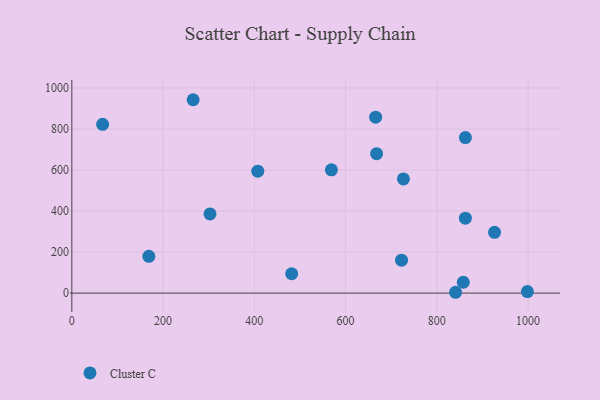
{"axis": {"x": "Study Hours", "y": "Exam Score"}, "legend": ["Cluster C"], "data": [{"x": "722.7", "y": 160.6, "type": "Cluster C"}, {"x": "862.6", "y": 364.9, "type": "Cluster C"}, {"x": "862.7", "y": 757.8, "type": "Cluster C"}, {"x": "998.5", "y": 7.6, "type": "Cluster C"}, {"x": "168.8", "y": 179.2, "type": "Cluster C"}, {"x": "569.0", "y": 600.7, "type": "Cluster C"}, {"x": "265.9", "y": 942.4, "type": "Cluster C"}, {"x": "665.9", "y": 857.6, "type": "Cluster C"}, {"x": "481.9", "y": 94.4, "type": "Cluster C"}, {"x": "67.5", "y": 822.5, "type": "Cluster C"}, {"x": "407.6", "y": 594.2, "type": "Cluster C"}, {"x": "926.5", "y": 296.0, "type": "Cluster C"}, {"x": "858.0", "y": 52.8, "type": "Cluster C"}, {"x": "726.8", "y": 556.5, "type": "Cluster C"}, {"x": "668.0", "y": 679.5, "type": "Cluster C"}, {"x": "841.1", "y": 4.0, "type": "Cluster C"}, {"x": "302.9", "y": 385.6, "type": "Cluster C"}]}